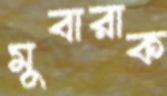
মুবারাক